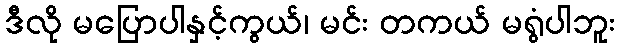
ဒီလို မပြောပါနှင့်ကွယ်၊ မင်း တကယ် မရွံပါဘူး